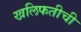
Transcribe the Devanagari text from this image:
खलिफतीची